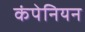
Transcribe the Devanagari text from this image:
कंपेनियन